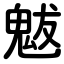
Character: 魃